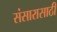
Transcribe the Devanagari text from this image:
संसारासाठी